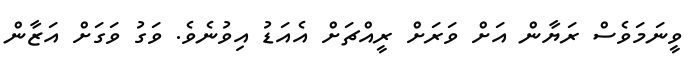
ވީނަމަވެސް ރަޔާން އަށް ވަރަށް ރީއްޗަށް އެއަޑު އިވުނެވެ. ވަގު ވަގަށް އަޒާން